system: You are a helpful assistant.
user:
Analyze the provided spectrum to determine if it is a **White Dwarf (WD)**.

A White Dwarf spectrum is defined by its **extreme purity** (due to gravitational settling) and/or **extreme pressure broadening** (due to high surface gravity). You must check for one of the following mutually exclusive signatures:

- **Key Visual Indicators (Check for ONE of these types):**

    - **1. DA-Type Signature (Most Common):**
        - **(Primary Feature):** Extreme pressure broadening (Stark broadening) of the **Hydrogen (H) Balmer lines**.
        - **(Key Lines):** $H\beta$ (approx. $4861$ Å) and $H\gamma$ (approx. $4340$ Å). $H\alpha$ (approx. $6563$ Å) will also be present if the wavelength range covers it.
        - **(Line Profile):** This is the **defining feature**. The lines are **NOT** sharp. They appear as massive, **extremely broad and deep "troughs" or "dips"** in the spectrum, often hundreds of Ångströms wide. The continuum will appear to "scoop" down at these wavelengths.
        - **(Distinction):** Normal A-type or B-type stars have *narrow* and *sharp* Hydrogen lines. A DA White Dwarf's lines are unmistakably "smeared" or "blurry" from pressure.

    - **2. DB-Type Signature:**
        - **(Primary Feature):** Broad absorption lines from **Neutral Helium (He I)**. The spectrum must lack any visible Hydrogen lines.
        - **(Key Lines):** Look for broad absorption near $4471$ Å, $4921$ Å, and $5876$ Å.
        - **(Line Profile):** These lines are also significantly pressure-broadened, appearing much wider than they would in a normal B-type main-sequence star.

    - **3. DC-Type Signature:**
        - **(Primary Feature):** A **featureless continuous spectrum**.
        - **(Line Profile):** The spectrum is a smooth curve with **no significant absorption or emission lines**.
        - **(Key Confirmation):** The continuum is almost always **blue or white**, indicating a hot object. This signature implies the atmosphere is so pure (or so cool) that no spectral lines are visible in the optical range. Its WD identity is confirmed by its extremely low intrinsic brightness (high absolute magnitude).

    - **4. DZ-Type Signature (Metal-Polluted):**
        - **(Primary Feature):** **Isolated, narrow metal absorption lines** on an otherwise featureless (DC-like) continuum.
        - **(Key Lines):** The **Calcium (Ca II) H & K doublet** (approx. **$3934$ Å** and **$3968$ Å**) is the most common and defining feature.
        - **(Line Profile):** These lines are "out of place." They are *not* part of a "forest" of thousands of lines. This signature is evidence of recent *accretion* (pollution) from rocky debris.
        - **(Distinction):** Normal G/K/M stars have a *dense forest* of thousands of metal lines. A DZ has a *clean* continuum with *only a few* strong metal lines.

    - **5. DQ-Type Signature (Carbon-Polluted):**
        - **(Primary Feature):** Absorption bands from **Carbon (C₂ "Swan Bands" or atomic C I)**.
        - **(Key Lines - C₂):** Look for bandheads with a "saw-tooth" shape near $5635$ Å, **$5165$ Å** (strongest), and $4737$ Å.
        - **(Key Confirmation):** The underlying **continuum must be blue or white** (hot).
        - **(Distinction):** This is the critical difference from a **Carbon Star**, which has the *exact same* C₂ bands but on an extremely **red, cool** continuum.

- **(Overall Spectrum):**
    - The continuum (overall shape) is typically **blue-sloping** (brighter in the blue than the red), as most white dwarfs are very hot.
    - The spectrum will look "pure" or "simple," dominated by only *one* of the five signatures listed above.

Think first, call **spectral_visualization_tool** if needed to examine features in detail, then provide your final answer. Your response must adhere to the following strict rules:
1.  **Overall Structure:** Your response must follow the format `<think>...</think> <tool_call>...</tool_call> (if a tool is used) <answer>...</answer>`.
2.  **Tool Usage Constraint:** You may only make **one** tool call per turn.
3.  **Final Answer Format:** In the `<answer>` tag, your conclusion must be inside a `\boxed{}` command (e.g., `\boxed{YES}` or `\boxed{NO}`), followed by your justification.

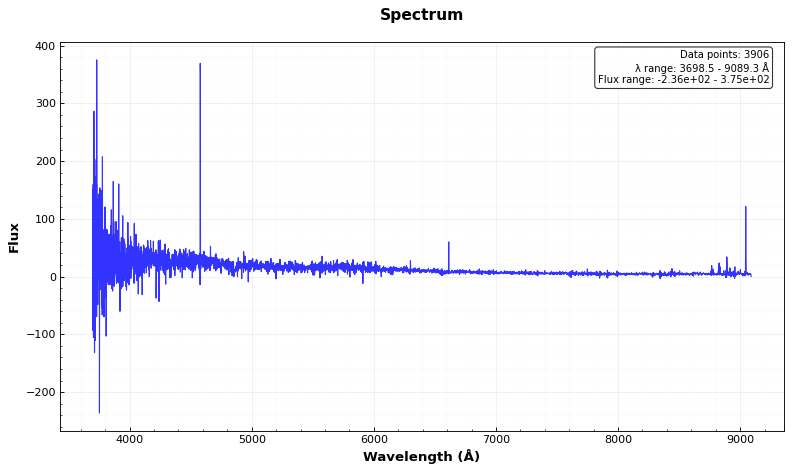
Answer: NO